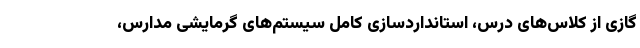
گازی از کلاس‌های درس، استانداردسازی کامل سیستم‌های گرمایشی مدارس،